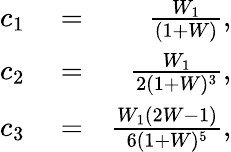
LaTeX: \begin{array}{rlr}{c_{1}}&{{}=}&{\frac{W_{1}}{(1+W)},}\\ {c_{2}}&{{}=}&{\frac{W_{1}}{2(1+W)^{3}},}\\ {c_{3}}&{{}=}&{\frac{W_{1}(2W-1)}{6(1+W)^{5}},}\end{array}